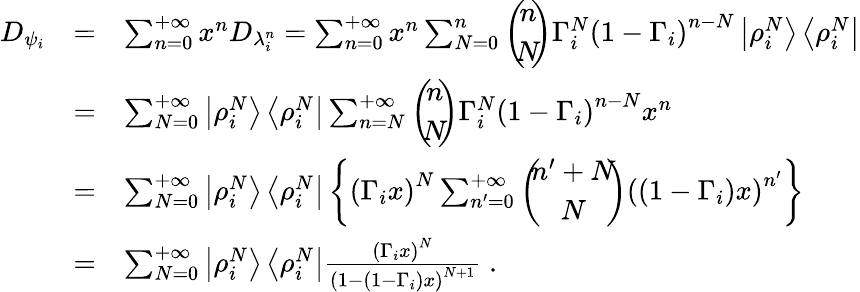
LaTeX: \begin{array}{rcl}{{D_{\psi_{i}}}}&{{=}}&{{\sum_{n=0}^{+\infty}x^{n}D_{\lambda_{i}^{n}}=\sum_{n=0}^{+\infty}x^{n}\sum_{N=0}^{n}\left(\! \! \begin{array}{c}{{n}}\\ {{N}}\end{array}\! \! \right)\Gamma_{i}^{N}{\left(1-\Gamma_{i}\right)}^{n-N}\left|\rho_{i}^{N}\right>\left<\rho_{i}^{N}\right|}}\\ {{\ }}&{{=}}&{{\sum_{N=0}^{+\infty}\left|\rho_{i}^{N}\right>\left<\rho_{i}^{N}\right|\sum_{n=N}^{+\infty}\left(\! \! \begin{array}{c}{{n}}\\ {{N}}\end{array}\! \! \right)\Gamma_{i}^{N}{\left(1-\Gamma_{i}\right)}^{n-N}x^{n}}}\\ {{\ }}&{{=}}&{{\sum_{N=0}^{+\infty}\left|\rho_{i}^{N}\right>\left<\rho_{i}^{N}\right|\left\{ {\left(\Gamma_{i}x\right)}^{N}\sum_{n^{\prime}=0}^{+\infty}\left(\! \! \begin{array}{c}{{{n^{\prime}+N}}}\\ {{N}}\end{array}\! \! \right){\left(\left(1-\Gamma_{i}\right)x\right)}^{n^{\prime}}\right\} }}\\ {{\ }}&{{=}}&{{\sum_{N=0}^{+\infty}\left|\rho_{i}^{N}\right>\left<\rho_{i}^{N}\right|\frac{{\left(\Gamma_{i}x\right)}^{N}}{{\left(1-\left(1-\Gamma_{i}\right)x\right)}^{N+1}}\; .}}\end{array}